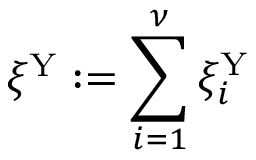
\xi ^ { \mathrm { Y } } : = \sum _ { i = 1 } ^ { \nu } \xi _ { i } ^ { \mathrm { Y } }